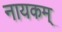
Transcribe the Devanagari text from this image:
नायकम्‌